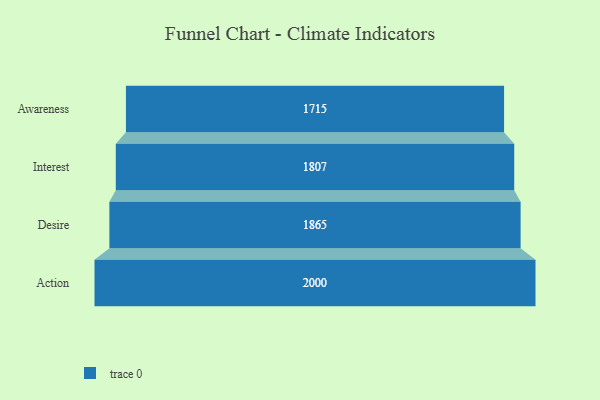
{"axis": {"x": "Stage", "y": "Value"}, "legend": [""], "data": [{"x": "Awareness", "y": 1715.0, "type": ""}, {"x": "Interest", "y": 1807.0, "type": ""}, {"x": "Desire", "y": 1865.0, "type": ""}, {"x": "Action", "y": 2000, "type": ""}]}